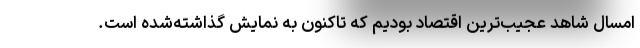
امسال شاهد عجیب‌ترین اقتصاد بودیم که تاکنون به نمایش گذاشته‌شده است.